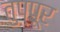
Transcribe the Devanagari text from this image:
तुप्पूर